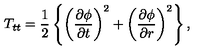
T _ { t t } = \frac { 1 } { 2 } \left\{ \left( \frac { \partial \phi } { \partial t } \right) ^ { 2 } + \left( \frac { \partial \phi } { \partial r } \right) ^ { 2 } \right\} ,